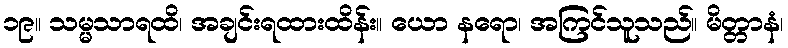
၁၉။ သမ္မသာရထိ၊ အချင်းရထားထိန်း။ ယော နရော၊ အကြင်သူသည်။ မိတ္တာနံ၊